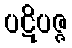
ပဋိပဇ္ဇ